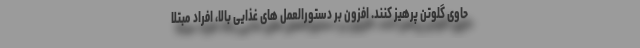
حاوی گلوتن پرهیز کنند. افزون بر دستورالعمل های غذایی بالا، افراد مبتلا